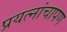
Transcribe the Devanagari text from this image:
प्रयत्नांचापण